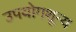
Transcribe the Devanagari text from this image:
उपयोगशून्य